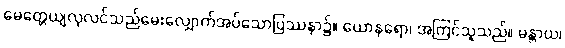
မေတ္တေယျလုလင်သည်မေးလျှောက်အပ်သောပြဿနာ၌။ ယောနရော၊ အကြင်သူသည်။ မန္တာယ၊